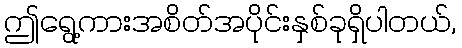
ဤရွေ့ကားအစိတ်အပိုင်းနှစ်ခုရှိပါတယ်,